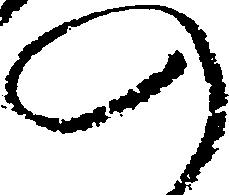
の